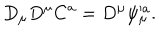
D _ { \mu } D ^ { \mu } C ^ { a } = D ^ { \mu } \psi _ { \mu } ^ { \prime a } .